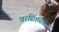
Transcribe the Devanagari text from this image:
वरसिंहसर